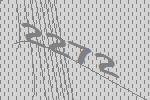
2272